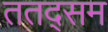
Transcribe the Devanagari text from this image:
ततद्सम